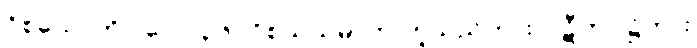
ဝိစယောတိ၊ (ပေ ၁၃၆) ဝိစယသမ္ပာတ ဟူသည်ကား။ (ဋီကာ ၌ကား